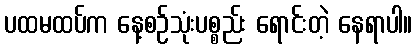
ပထမထပ်က နေ့စဉ်သုံးပစ္စည်း ရောင်းတဲ့ နေရာပါ။